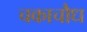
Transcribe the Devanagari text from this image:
चकाचौध